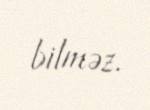
bilməz.